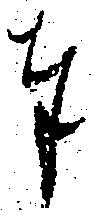
奉